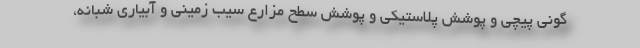
گونی پیچی و پوشش پلاستیکی و پوشش سطح مزارع سیب زمینی و آبیاری شبانه،